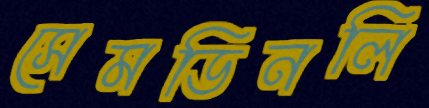
সেমডিনলি